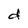
Character: d